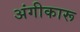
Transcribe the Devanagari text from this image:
अंगीकारू